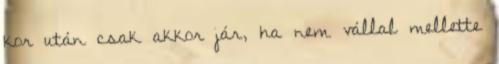
kor után csak akkor jár, ha nem vállal mellette